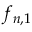
f _ { n , 1 }